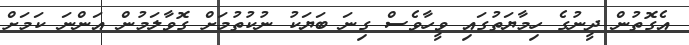
އެގޮތުން ދީނުގެ ހިމާޔަތުގައި ވީހާވެސް ގިނަ ބަޔަކު ނުކުތުމަށް ގޮވާލަމުން އަންނަ ކަމަށް